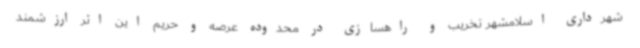
شهرداری اسلامشهر تخریب و راهسازی در محدوده عرصه و حریم این اثر ارزشمند